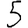
Digit: 5